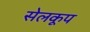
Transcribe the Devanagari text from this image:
सेलकूप